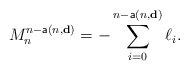
\begin{align*}M_{n}^{n-\mathsf{a}(n,\mathbf{d})}=-\sum_{i=0}^{n-\mathsf{a}(n,\mathbf{d})}\ell_i. \end{align*}